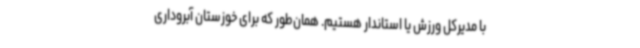
با مدیرکل ورزش یا استاندار هستیم. همان‌طور که برای خوزستان آبروداری